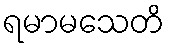
ရမာမသေတိ